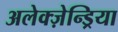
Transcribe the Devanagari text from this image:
अलेक्ज़ेन्ड्रिया